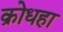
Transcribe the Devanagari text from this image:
क्रोधहा